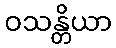
ဝသန္တိယာ